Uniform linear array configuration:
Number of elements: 4
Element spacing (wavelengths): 0.25
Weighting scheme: hamming
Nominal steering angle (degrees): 60
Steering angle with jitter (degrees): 58.724
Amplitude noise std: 0.05
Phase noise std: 0.05

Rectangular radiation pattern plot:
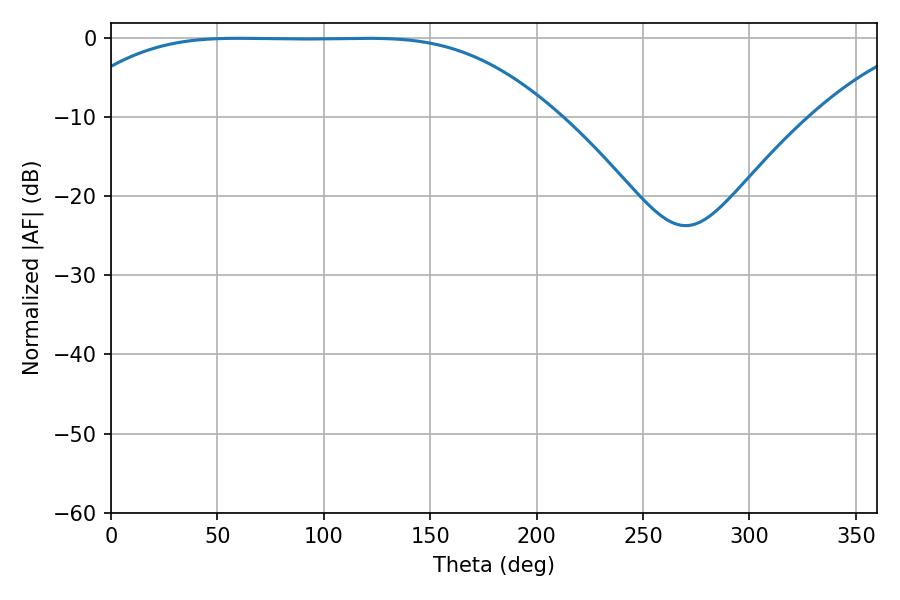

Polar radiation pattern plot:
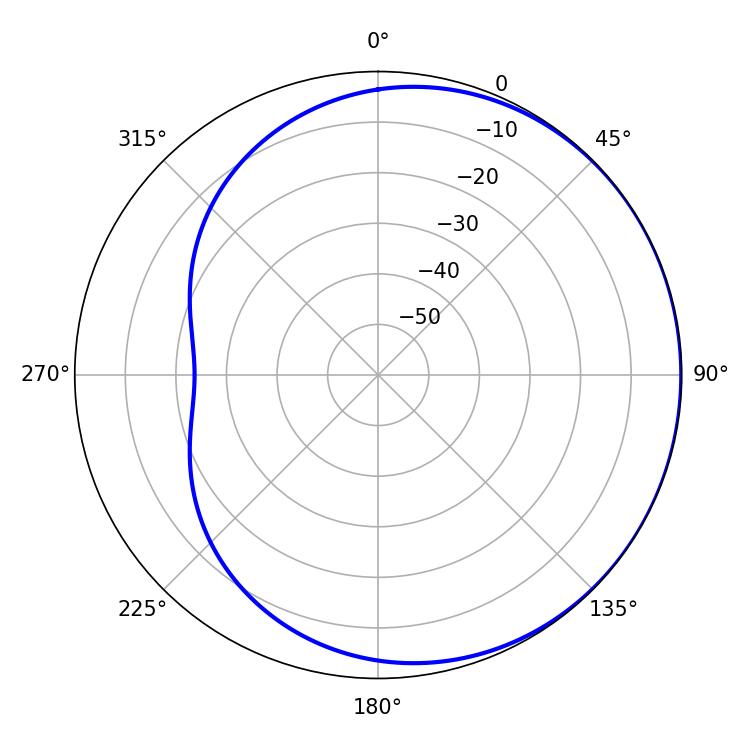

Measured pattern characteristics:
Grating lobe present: FALSE
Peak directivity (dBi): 0.4699
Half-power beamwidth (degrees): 172.08
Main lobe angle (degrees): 59.76